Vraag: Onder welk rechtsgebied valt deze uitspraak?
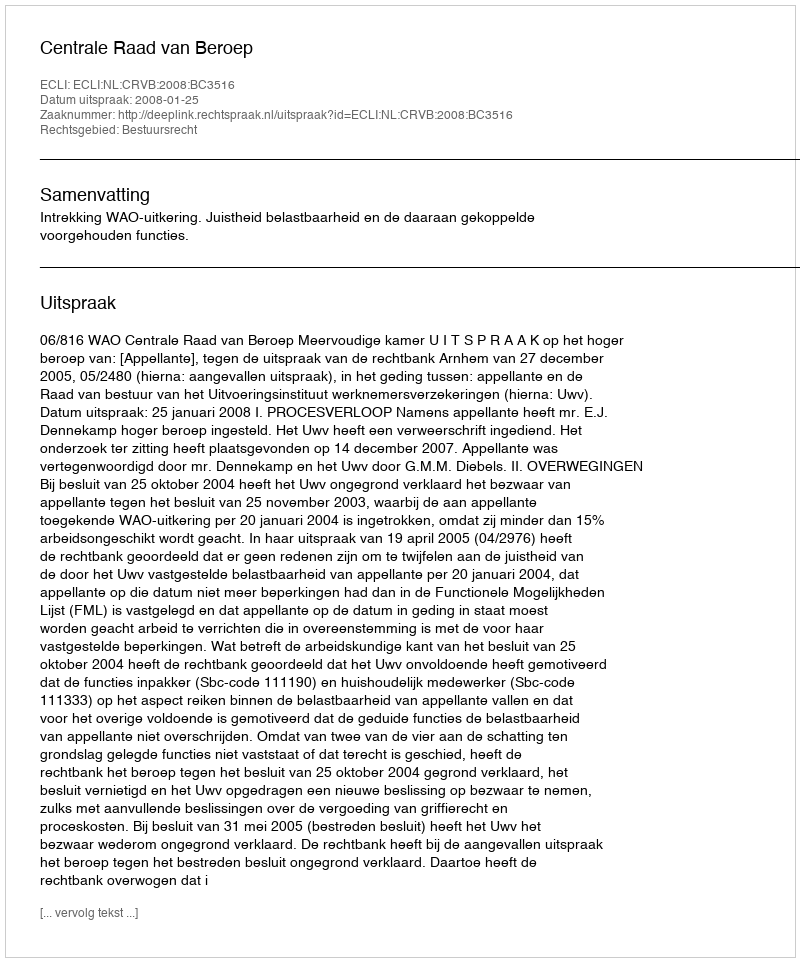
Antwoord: Bestuursrecht